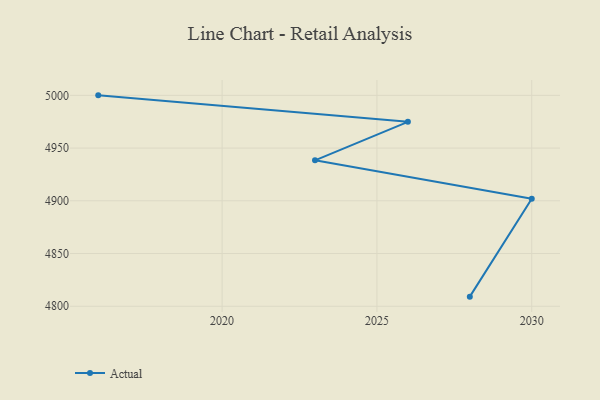
{"axis": {"x": "Year", "y": "Population (Million)"}, "legend": ["Actual"], "data": [{"x": "2028", "y": 4809.1, "type": "Actual"}, {"x": "2030", "y": 4902.0, "type": "Actual"}, {"x": "2023", "y": 4938.4, "type": "Actual"}, {"x": "2026", "y": 4974.9, "type": "Actual"}, {"x": "2016", "y": 5000, "type": "Actual"}]}